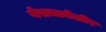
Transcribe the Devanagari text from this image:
नेसजावेलीर